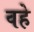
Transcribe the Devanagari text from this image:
वहे